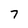
Character: 7